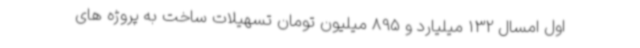
اول امسال 132 میلیارد و 895 میلیون تومان تسهیلات ساخت به پروژه های